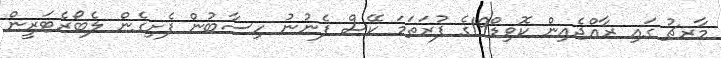
މާރޗު ގައި ރާއްޖެއިން ކޮވިޑް19ގެ ފުރަތަމަ ކޭސް ފެނުނު ހިސާބުން ފެށިގެން ލެބޯރެޓަރީން